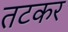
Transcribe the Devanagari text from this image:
तटकर